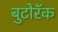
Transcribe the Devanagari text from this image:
बुटोरॅक